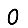
Digit: 0